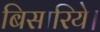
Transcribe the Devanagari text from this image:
बिसारिये।